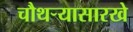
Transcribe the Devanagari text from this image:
चौथऱ्यासारखे